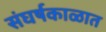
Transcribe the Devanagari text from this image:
संघर्षकाळात